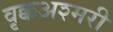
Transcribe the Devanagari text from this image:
वृक्कअश्मरी